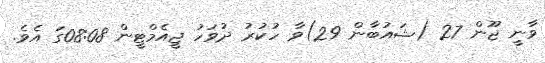
ވާނީ ޖޫން 27 (ޝައުބާން 29)ވާ ހުކުރު ދުވަހު ޖީއެމްޓީން 08:08ގަ އެވެ.